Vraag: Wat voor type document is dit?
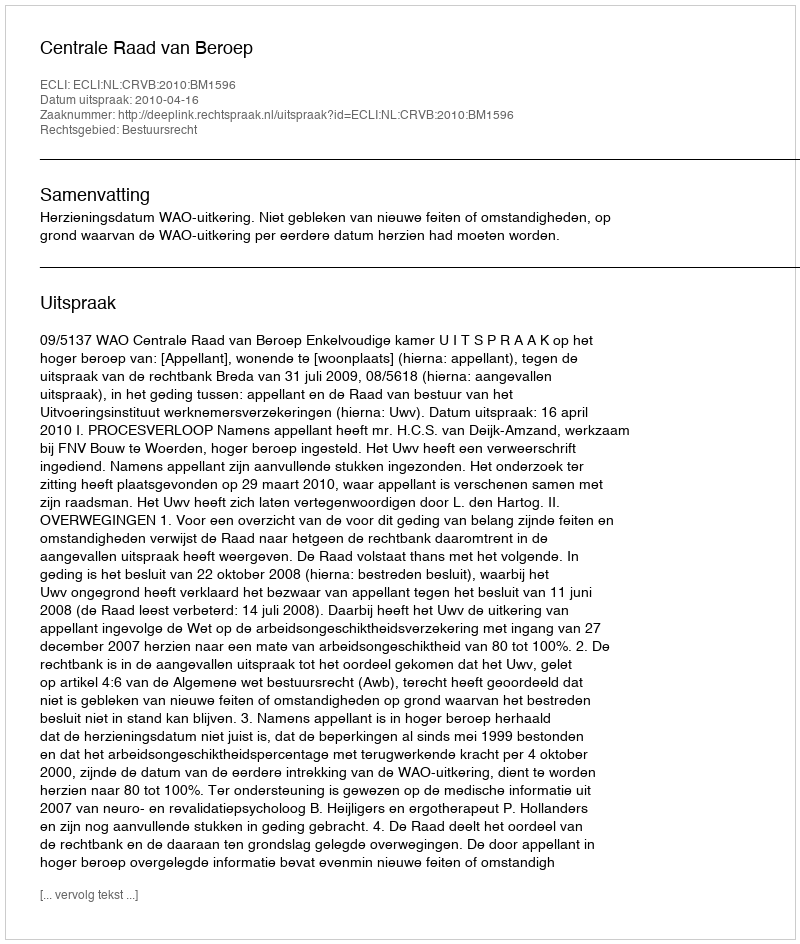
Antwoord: Uitspraak